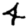
Digit: 4